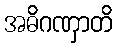
အဓိဂဏှာတိ